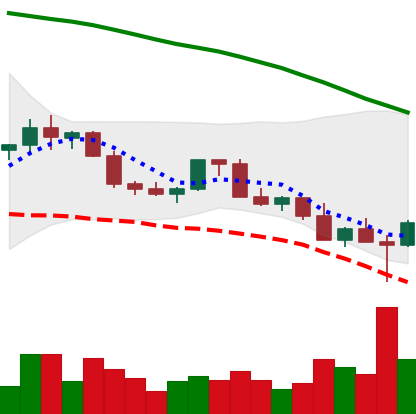
Ticker: LINK-USD
Chart end date: 2022-02-25
Forward return: 6.67%
Label: up_5_7